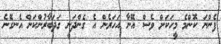
ފެންނަ ކޮންމެ މީހަކަށް ވެސް އޭނާ އަހަރެން އެ ގެންދަނީ ގަދަބާރުންކަން އެނގޭނެ